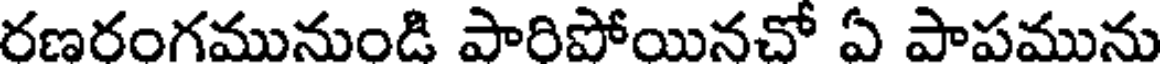
రణరంగమునుండి పారిపోయినచో ఏ పాపమును